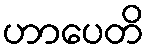
ဟာပေတိ